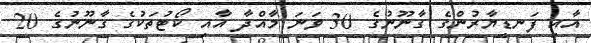
އާއި ފަނޑިޔާރުންގެ ގާނޫނުގެ 30 ވަނަ މާއްދާ އާއި ކޯޓުތަކުގެ ގާނޫނުގެ 20